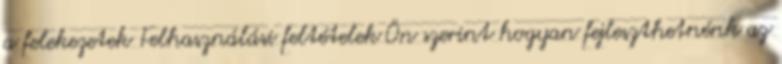
a felekezetek Felhasználási feltételek Ön szerint hogyan fejleszthetnénk az